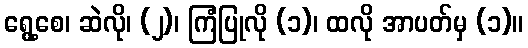
ရွေ့စေ၊ ဆဲလို၊ (၂)၊ ကြံပြုလို (၁)၊ ထလို အာပတ်မှ (၁)။